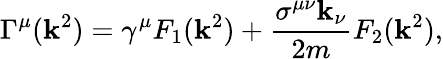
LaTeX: \Gamma^{\mu}(\mathbf{k}^{2})=\gamma^{\mu}F_{1}(\mathbf{k}^{2})+{\frac{{\sigma^{\mu\nu}\mathbf{k}_{\nu}}}{{2m}}}F_{2}(\mathbf{k}^{2}),